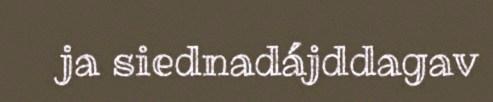
ja siednadájddagav